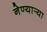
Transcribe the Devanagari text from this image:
नेण्यार्‍या